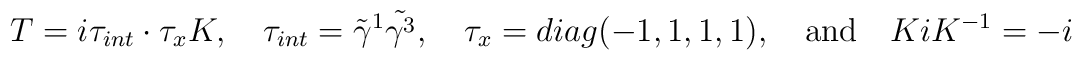
T = i \tau_{int} \cdot \tau_x K, \quad \tau_{int} = \tilde{\gamma}^1 \tilde{\gamma^3}, \quad \tau_x = diag (-1, 1, 1, 1), \quad {\rm and} \quad K i K^{-1} = -i